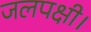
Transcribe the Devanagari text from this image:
जलपक्षी।